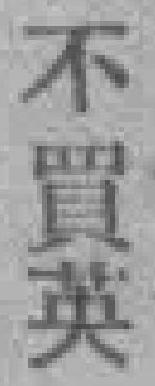
不買英